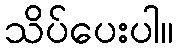
သိပ်ပေးပါ။